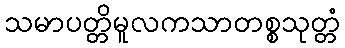
သမာပတ္တိမူလကသာတစ္စသုတ္တံ